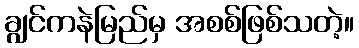
ချွင်ကနဲမြည်မှ အစစ်ဖြစ်သတဲ့။